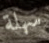
سهلة